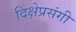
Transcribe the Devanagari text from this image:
दिक्षेप्रसंगी